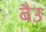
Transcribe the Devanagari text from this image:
बैउ